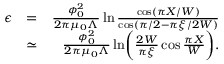
\begin{array} { r l r } { \epsilon } & { = } & { \frac { \phi _ { 0 } ^ { 2 } } { 2 \pi \mu _ { 0 } \Lambda } \ln \frac { \cos ( \pi X / W ) } { \cos ( \pi / 2 - \pi \xi / 2 W ) } } \\ & { \simeq } & { \frac { \phi _ { 0 } ^ { 2 } } { 2 \pi \mu _ { 0 } \Lambda } \ln \biggl ( \frac { 2 W } { \pi \xi } \cos \frac { \pi X } { W } \biggr ) . } \end{array}